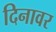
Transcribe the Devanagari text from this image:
दिनावर